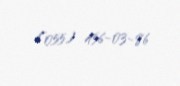
(055) 456-03-86